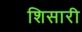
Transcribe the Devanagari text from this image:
शिसारी